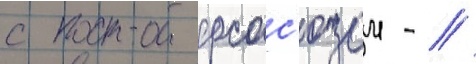
с профсос'юзом - //